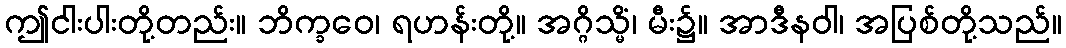
ဤငါးပါးတို့တည်း။ ဘိက္ခဝေ၊ ရဟန်းတို့။ အဂ္ဂိသ္မိံ၊ မီး၌။ အာဒီနဝါ၊ အပြစ်တို့သည်။